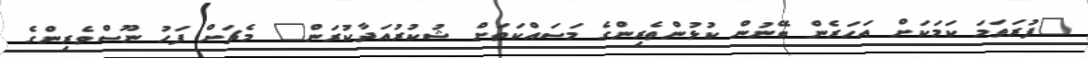
"ފުރަތަމަ ކަމަކަށް އަހަރެން ބޭނުން ކުޅުންތެރިންގެ މަސައްކަތަށް ޝުކުރުއަދާކުރަން" މެޗަށް ފަހު ނޫސްވެރިންގެ